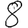
Digit: 8